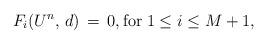
LaTeX: \begin{align*} F_i(U^n, \, d) \, = \, 0, \mbox{for} \; 1 \le i \le M+1,\end{align*}